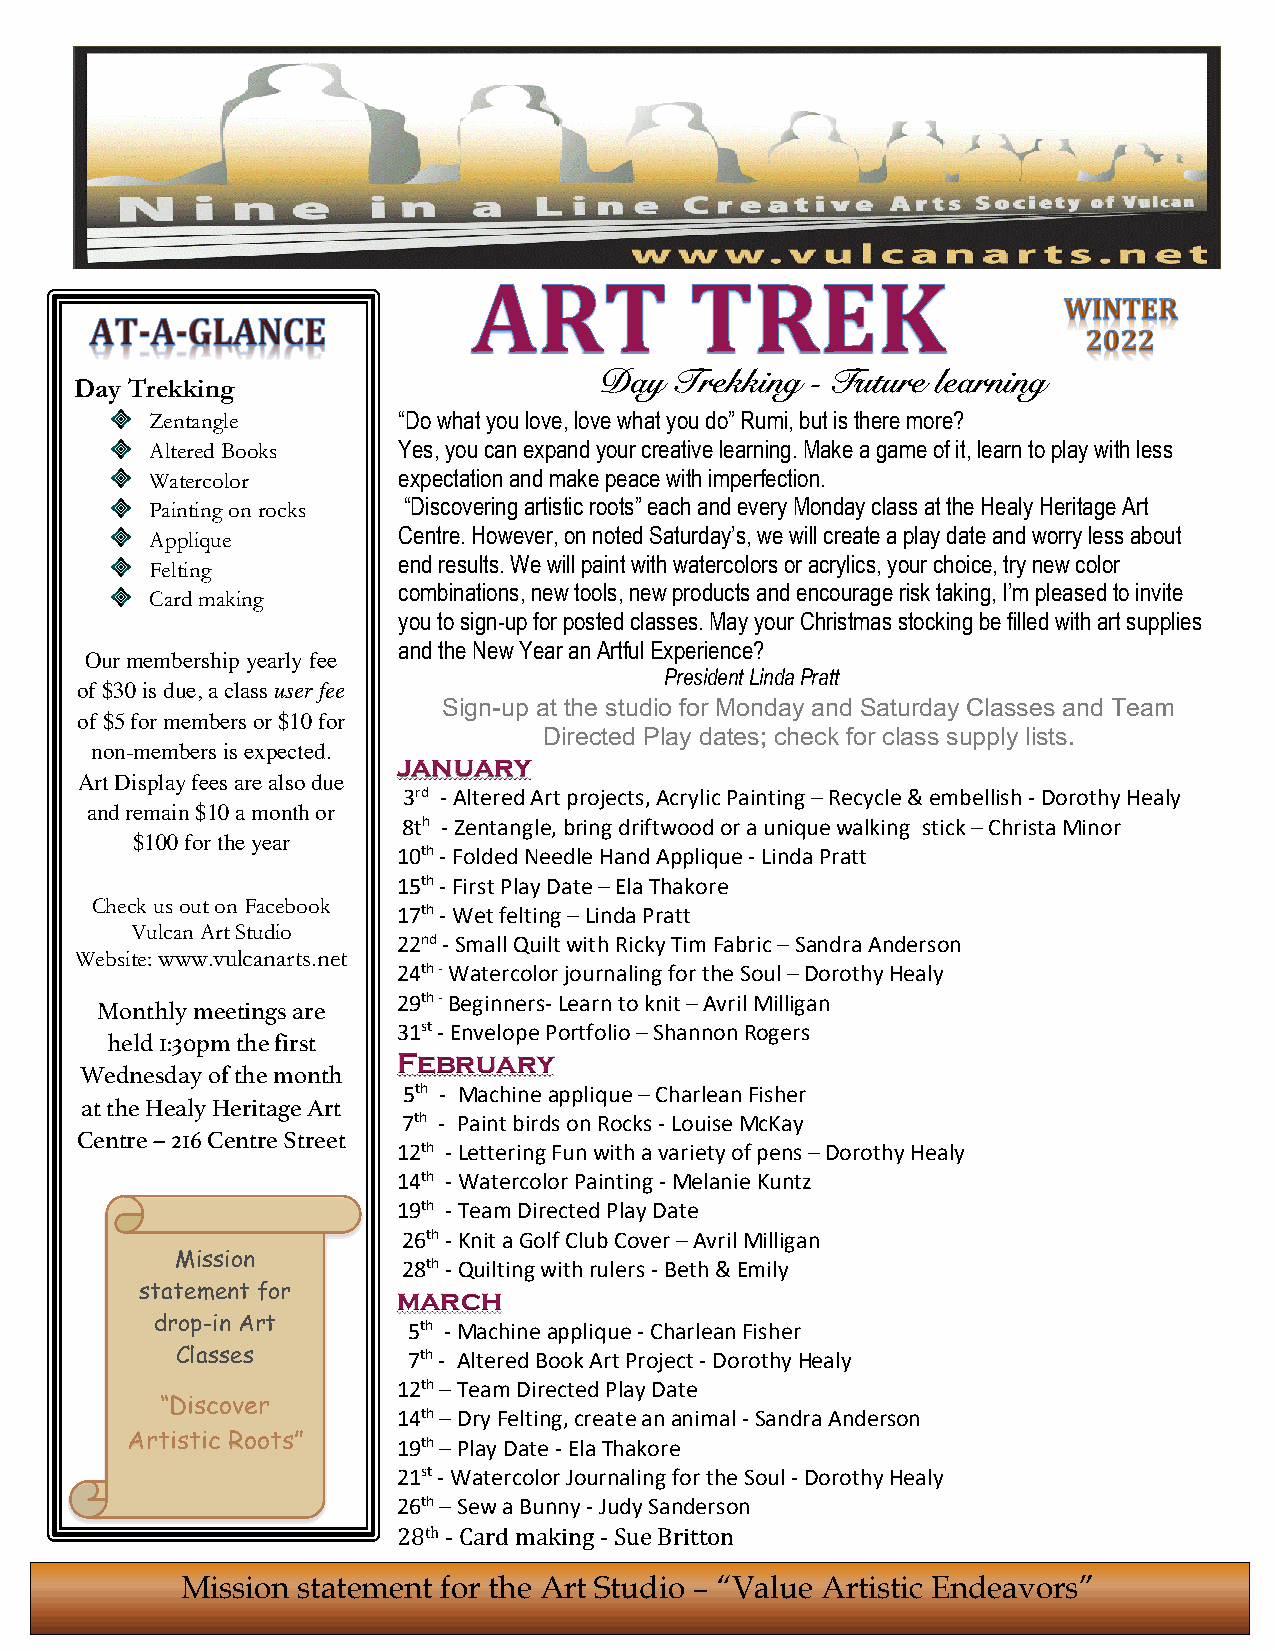
Day  Trekking - Future learning
 Day Trekking
 Zentangle       “Do what you love, love what you do” Rumi, but is there more?
 Altered Books   Yes, you can expand your creative learning. Ma ke a game of it, learn to play with less
 Watercolor      expectation and make peace with imperfection.
 Painting on rocks “Discovering artistic roots” each and every Monday class at the Healy Heritage Art
 Applique        Centre. However, on noted Saturday’s, we will create a play date and worry less about
 Felting
 end results. We will paint with watercolors or acrylics, your choice, try new color
 combinations, new tools, new products and encourage risk taking, I’m pleased to invite
 Card making
 you to sign-up for posted classes. May your Christmas stocking be filled with art supplies
 and the New Year an Artful Experience?
 Our membership yearly fee
 President Linda Pratt
 of $30 is due, a class user fee
 Sign-up at the studio for Monday and Saturday Classes and Team
 of $5 for members or $10 for
 Directed Play dates; check for class supply lists.
 non-members is expected.
 january
 Art Display fees are also due
 3rd - Altered Art projects, Acrylic Painting – Recycle & embellish - Dorothy Healy
 and remain $10 a month or
 8th - Zentangle, bring driftwood or a unique walking stick – Christa Minor
 $100 for the year
 10th - Folded Needle Hand Applique - Linda Pratt
 15th - First Play Date – Ela Thakore
 Check us out on Facebook
 17th - Wet felting – Linda Pratt
 Vulcan Art Studio
 22nd - Small Quilt with Ricky Tim Fabric – Sandra Anderson
 Website: www.vulcanarts.net
 24th - Watercolor journaling for the Soul – Dorothy Healy
 29th - Beginners- Learn to knit – Avril Milligan
 Monthly meetings are
 31st - Envelope Portfolio – Shannon Rogers
 held 1:30pm the first
 February
 Wednesday of the month
 5th - Machine applique – Charlean Fisher
 at the Healy Heritage Art
 7th - Paint birds on Rocks - Louise McKay
 Centre – 216 Centre Street
 We see,                   12th - Lettering Fun with a variety of pens – Dorothy Healy
 14th - Watercolor Painting - Melanie Kuntz
 We do,
 19th - Team Directed Play Date
 We learn,                  26th - Knit a Golf Club Cover – Avril Milligan
 Mission
 28th - Quilting with rulers - Beth & Emily
 We grow…. statement for   march
 drop-in Art      5th - Machine applique - Charlean Fisher
 Classes        7th - Altered Book Art Project - Dorothy Healy
 12th – Team Directed Play Date
 “Discover
 14th – Dry Felting, create an animal - Sandra Anderson
 Artistic Roots”   19th – Play Date - Ela Thakore
 21st - Watercolor Journaling for the Soul - Dorothy Healy
 26th – Sew a Bunny - Judy Sanderson
 28th - Card making - Sue Britton
 Mission statement for the Art Studio – “Value Artistic Endeavors”
 We do,